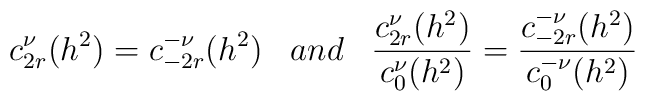
c^{\nu}_{2r}(h^2)=c^{-\nu}_{-2r}(h^2)\;\;\; and \;\;\;\frac{c^{\nu}_{2r}(h^2)}{c^{\nu}_{0}(h^2)}=\frac{c^{-\nu}_{-2r}(h^2)}{c^{-\nu}_{0}(h^2)}